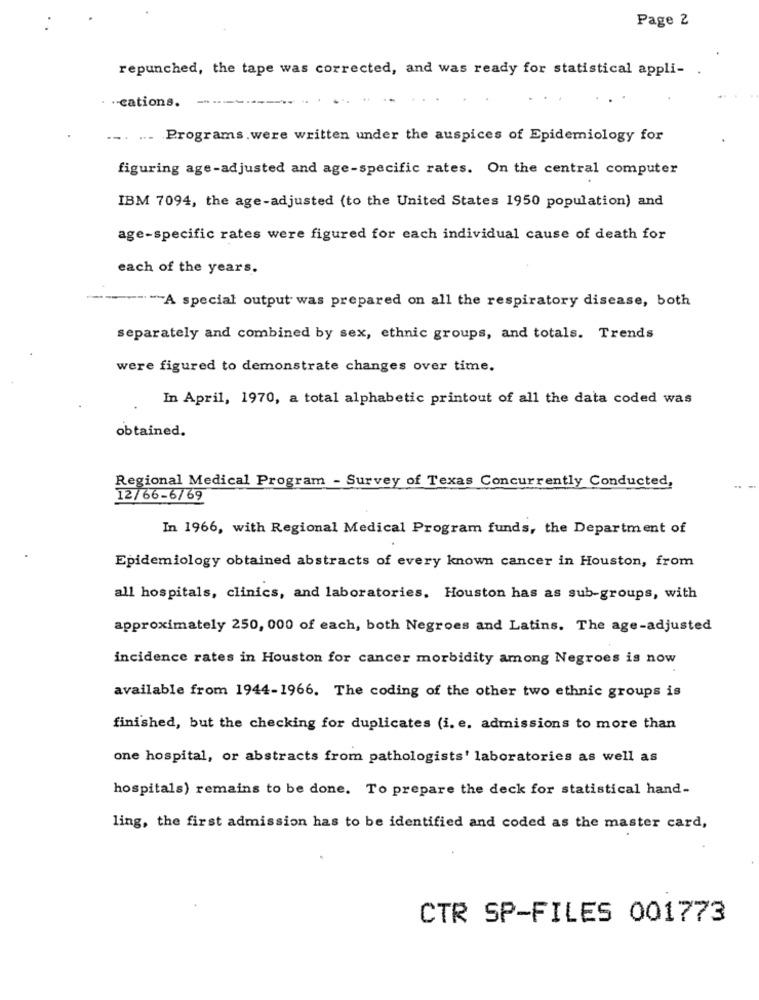
Page 2
repunched, the tape was corrected, and was ready for statistical appli-
. - cations.
....
Programs.were written under the auspices of Epidemiology for
figuring age-adjusted and age-specific rates. On the central computer
IBM 7094, the age-adjusted (to the United States 1950 population) and
age-specific rates were figured for each individual cause of death for
each of the years.
-- - A special output was prepared on all the respiratory disease, both
separately and combined by sex, ethnic groups, and totals. Trends
were figured to demonstrate changes over time.
In April, 1970, a total alphabetic printout of all the data coded was
obtained.
Regional Medical Program - Survey of Texas Concurrently Conducted,
12/66-6/69
In 1966, with Regional Medical Program funds, the Department of
Epidemiology obtained abstracts of every known cancer in Houston, from
all hospitals, clinics, and laboratories, Houston has as sub-groups, with
approximately 250, 000 of each, both Negroes and Latins. The age-adjusted
incidence rates in Houston for cancer morbidity among Negroes is now
available from 1944-1966. The coding of the other two ethnic groups is
finished, but the checking for duplicates (i. e. admissions to more than
one hospital, or abstracts from pathologists' laboratories as well as
hospitals) remains to be done. To prepare the deck for statistical hand-
ling, the first admission has to be identified and coded as the master card,
CTR SP-FILES 001773